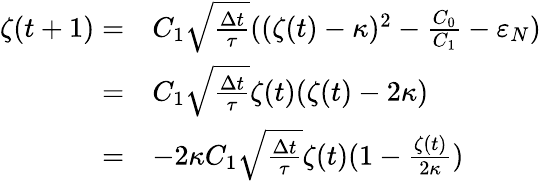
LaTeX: \begin{array}{rl}{\zeta(t+1)=}&{C_{1}\sqrt{\frac{\Delta t}{\tau}}((\zeta(t)-\kappa)^{2}-\frac{C_{0}}{C_{1}}-\varepsilon_{N})}\\ {=}&{C_{1}\sqrt{\frac{\Delta t}{\tau}}\zeta(t)(\zeta(t)-2\kappa)}\\ {=}&{-2\kappa C_{1}\sqrt{\frac{\Delta t}{\tau}}\zeta(t)(1-\frac{\zeta(t)}{2\kappa})}\end{array}